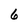
Character: 6